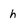
Character: h